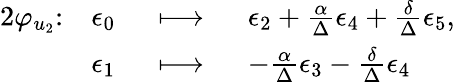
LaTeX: \begin{array}{rlrl}{{2}\varphi_{u_{2}}\colon}&{\epsilon_{0}}&{\ \longmapsto\ }&{\epsilon_{2}+\frac{\alpha}{\Delta}\epsilon_{4}+\frac{\delta}{\Delta}\epsilon_{5},}\\ &{\epsilon_{1}}&{\ \longmapsto\ }&{-\frac{\alpha}{\Delta}\epsilon_{3}-\frac{\delta}{\Delta}\epsilon_{4}}\end{array}